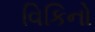
વિકિનો